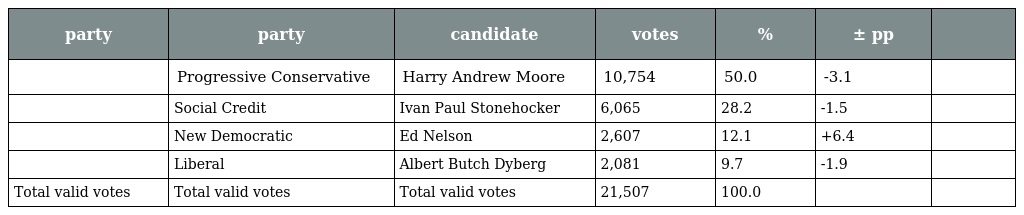
| party | party | candidate | votes | % | ± pp |  |
 | --- | --- | --- | --- | --- | --- | --- |
 |  | Progressive Conservative | Harry Andrew Moore | 10,754 | 50.0 | -3.1 |  |
 |  | Social Credit | Ivan Paul Stonehocker | 6,065 | 28.2 | -1.5 |  |
 |  | New Democratic | Ed Nelson | 2,607 | 12.1 | +6.4 |  |
 |  | Liberal | Albert Butch Dyberg | 2,081 | 9.7 | -1.9 |  |
 | Total valid votes | Total valid votes | Total valid votes | 21,507 | 100.0 |  |  |